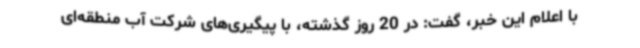
با اعلام این خبر، گفت: در 20 روز گذشته، با پیگیری‌های شرکت آب منطقه‌ای